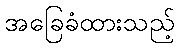
အခြေခံထားသည့်